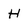
Character: H